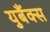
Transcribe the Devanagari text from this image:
युबैंक्स